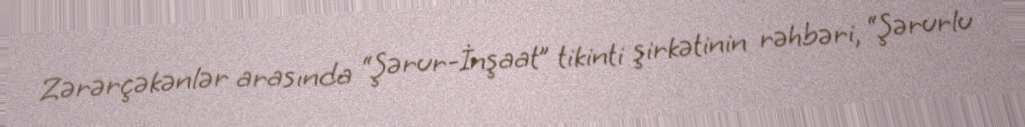
Zərərçəkənlər arasında “Şərur-İnşaat” tikinti şirkətinin rəhbəri, “Şərurlu